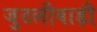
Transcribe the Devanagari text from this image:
जुठलीबाड़ी